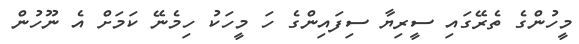
މީހުންގެ ތެރޭގައި ސީރިޔާ ސިފައިންގެ ހަ މީހަކު ހިމެނޭ ކަމަށް އެ ނޫހުން